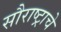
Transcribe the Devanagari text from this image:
सौराष्ट्राचे